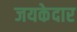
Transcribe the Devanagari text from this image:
जयकेदार